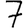
Digit: 7